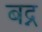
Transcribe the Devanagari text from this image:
बद्न